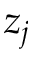
z _ { j }